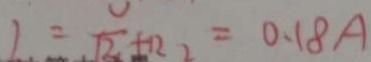
1 = \sqrt { 2 } + 1 2 2 = 0 . 1 8 A